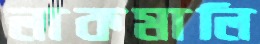
লাকমালি